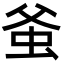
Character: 𧉊